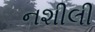
નશીલી